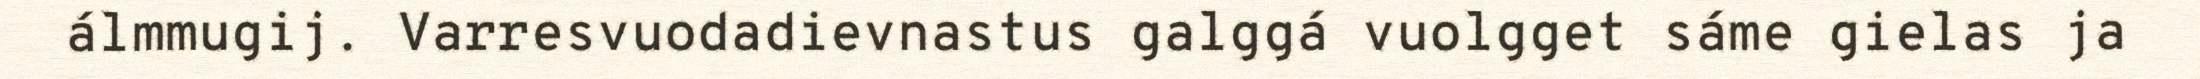
álmmugij. Varresvuodadievnastus galggá vuolgget sáme gielas ja